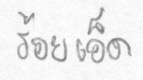
ร้อยเอ็ด